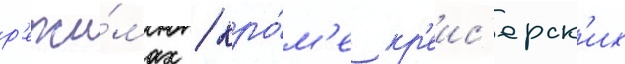
р'ежи́мах / кро́м'е кр'еис'ерск'их